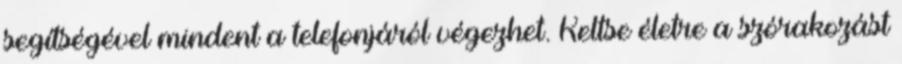
segítségével mindent a telefonjáról végezhet. Keltse életre a szórakozást